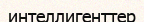
интеллигенттер